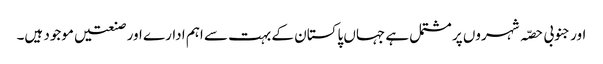
اور جنوبی حصّہ شہروں پر مشتمل ہے جہاں پاکستان کے بہت سے اہم ادارے اور صنعتیں موجود ہیں۔